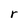
Character: r